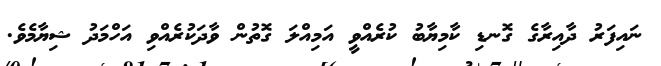
ނައިފަރު ދާއިރާގެ ގޮނޑި ކާމިޔާބު ކުރެއްވީ އަމިއްލަ ގޮތުން ވާދަކުރެއްވި އަހްމަދު ޝިޔާމެވެ.